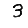
Digit: 3